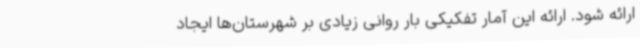
ارائه شود. ارائه این آمار تفکیکی بار روانی زیادی بر شهرستان‌ها ایجاد